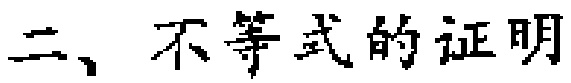
二、不等式的证明